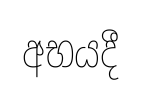
අභයදී